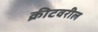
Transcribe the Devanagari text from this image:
क्रीटवरील